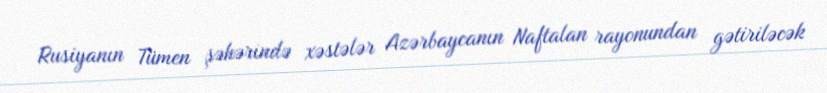
Rusiyanın Tümen şəhərində xəstələr Azərbaycanın Naftalan rayonundan gətiriləcək